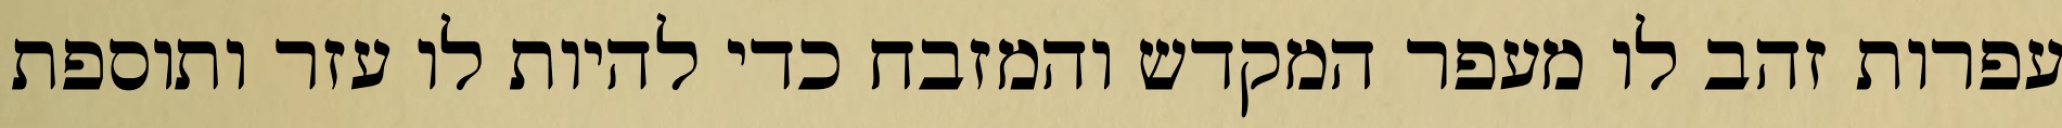
עפרות זהב לו מעפר המקדש והמזבח כדי להיות לו עזר ותוספת